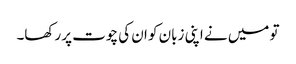
تو میں نے اپنی زبان کو ان کی چوت پر رکھا۔